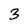
Character: 3